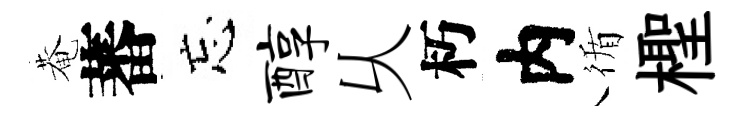
菴蕃忘醇乆朽内循檉